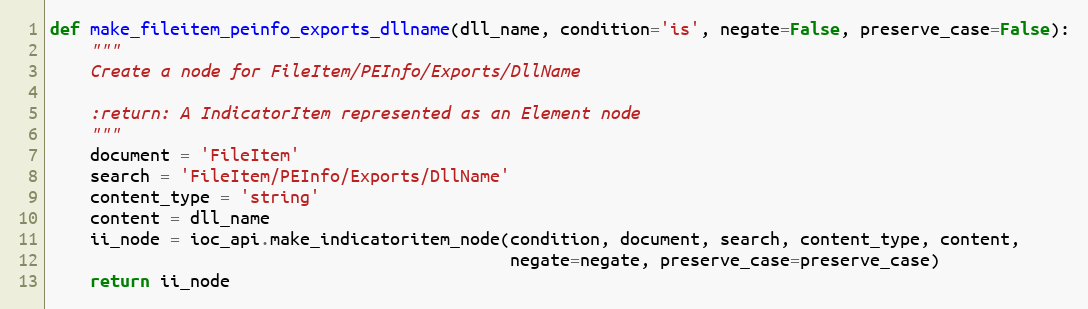
Language: Python
def make_fileitem_peinfo_exports_dllname(dll_name, condition='is', negate=False, preserve_case=False):
    """
    Create a node for FileItem/PEInfo/Exports/DllName

    :return: A IndicatorItem represented as an Element node
    """
    document = 'FileItem'
    search = 'FileItem/PEInfo/Exports/DllName'
    content_type = 'string'
    content = dll_name
    ii_node = ioc_api.make_indicatoritem_node(condition, document, search, content_type, content,
                                              negate=negate, preserve_case=preserve_case)
    return ii_node